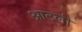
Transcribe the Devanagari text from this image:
आटली